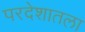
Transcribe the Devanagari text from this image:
परदेशातला